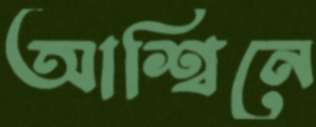
আশ্বিনে